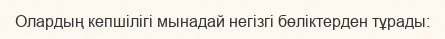
Олардың кепшілігі мынадай негізгі бөліктерден тұрады: